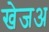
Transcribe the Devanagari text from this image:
खेजअ